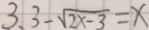
3 . 3 - \sqrt { 2 x - 3 } = x